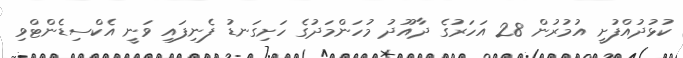
ކުޅުދުއްފުށީ އުމުރުން 28 އަހަރުގެ ދާއޫދު މުހަންމަދުގެ ހަށިގަނޑު ފެނިފައި ވަނީ އެކްސިޑެންޓްވި